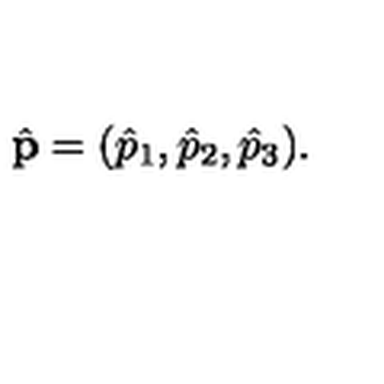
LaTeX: \hat { \bf p } = ( \hat { p } _ { 1 } , \hat { p } _ { 2 } , \hat { p } _ { 3 } ) .